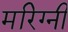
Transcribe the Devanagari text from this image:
मरिग्नी